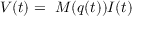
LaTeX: V ( t ) = \ M ( q ( t ) ) I ( t )